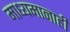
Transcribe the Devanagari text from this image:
माध्यमानाही